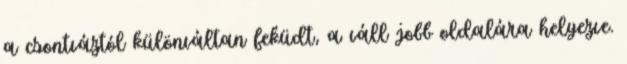
a csontváztól különváltan feküdt, a váll jobb oldalára helyezve.